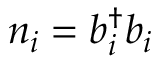
n _ { i } = b _ { i } ^ { \dagger } b _ { i }